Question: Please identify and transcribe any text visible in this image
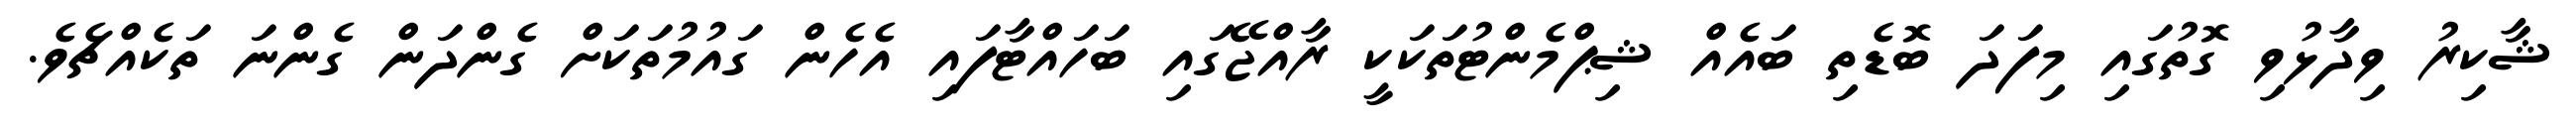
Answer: ޝާކިރު ވިދާޅުވި ގޮތުގައި މިފަދަ ބޮޑެތި ބައެއް ޝިޕްމެންޓުތަކަކީ ރާއްޖޭގައި ބަހައްޓާފައި އެހެން ގައުމުތަކަށް ގެންދަން ގެންނަ ތަކެއްޗެވެ.